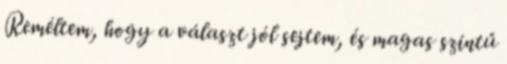
Reméltem, hogy a választ jól sejtem, és magas szintű